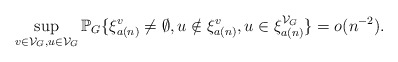
\begin{align*}\sup_{v\in \mathcal{V}_G,u\in \mathcal{V}_G}\mathbb{P}_G\{\xi^{v}_{a(n)}\neq \emptyset, u\notin \xi^{v}_{a(n)}, u\in \xi^{\mathcal{V}_G}_{a(n)}\}=o(n^{-2}).\end{align*}